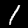
Label: 1